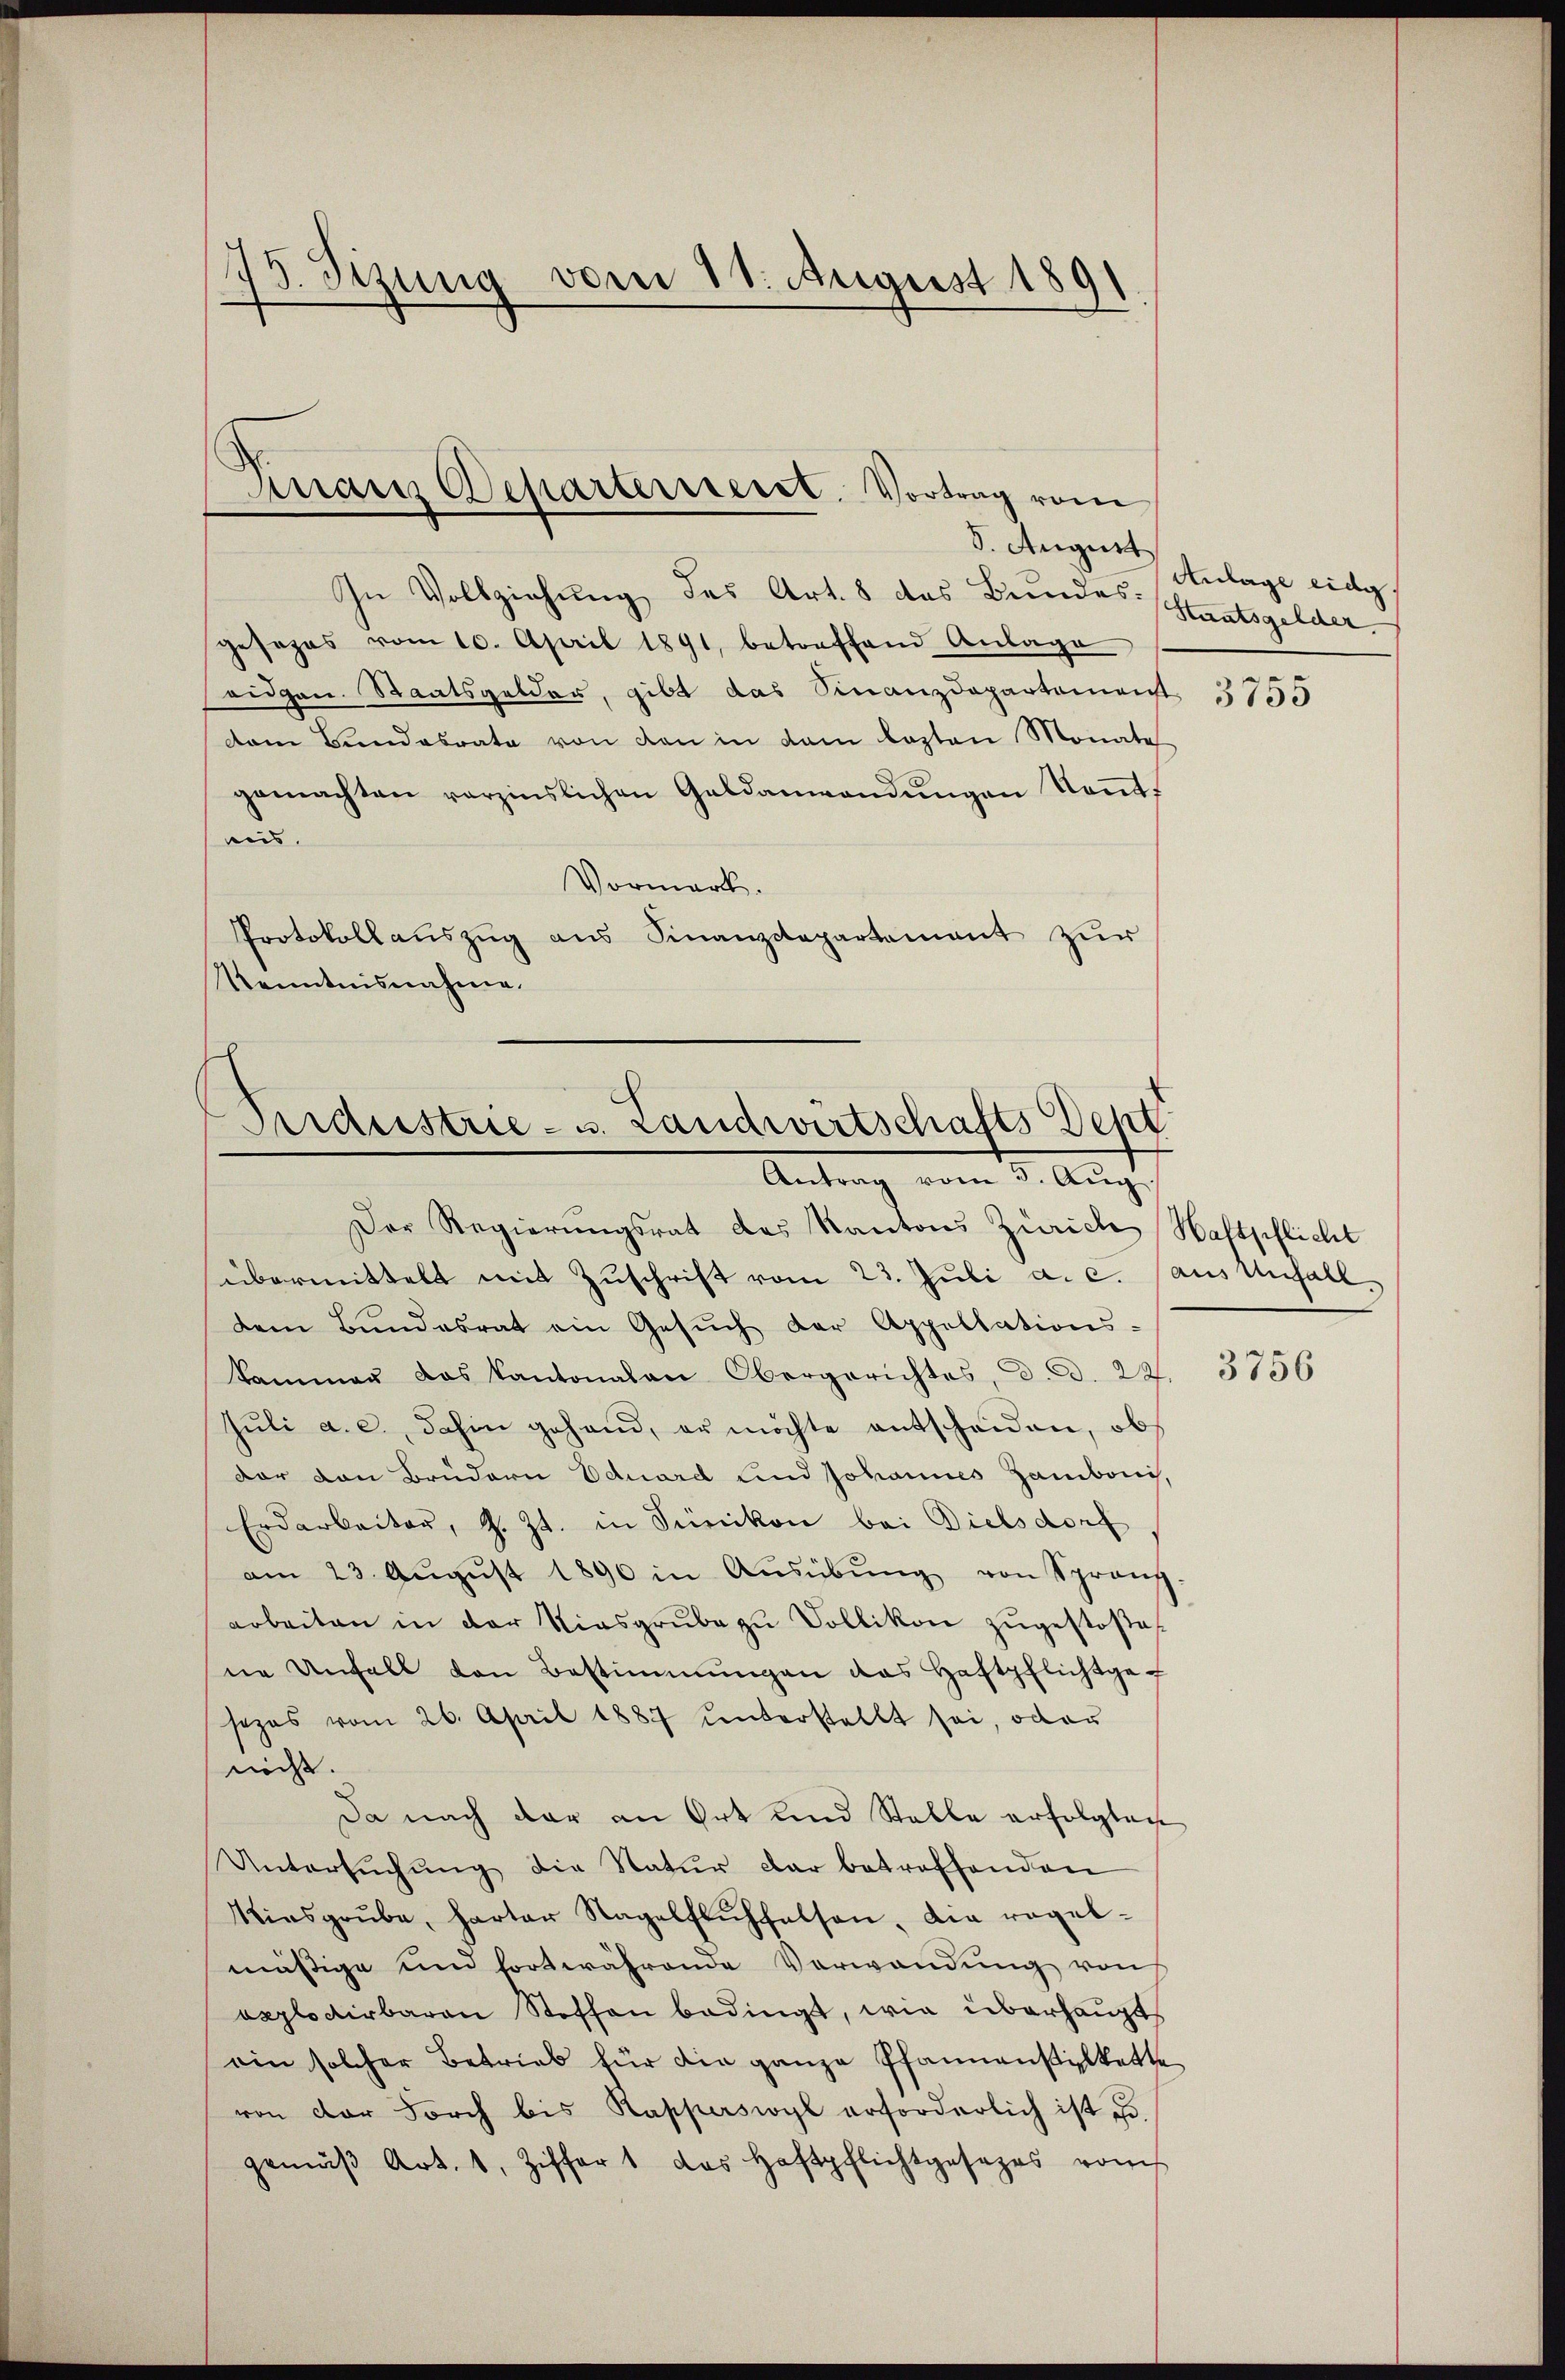
75. Seizung vom 11. August 189

Finanz Departerriert. Vortrag vom

S. August
In Vollziehung, das Art. 8 das Bundes Staatsgelder
gesezes vom 10. April 1891, betreffend Anlage
eidgen. Staatsgelder, gibt das Finanzdepartamenst
dem Bundesrate von den in dem lezten Monate
gemachten verzinslichen Geldanwendungen Kennt.
nis.
Vormark.
Protokollauszug aus Finanzdepartement zur
Kenntnisnahme.

¬
Aaraustrie - u. Landwirtschafts Dept
Antrag vom 5. Aŭg.

Der Regierungsrat das Kantons Zürich Haftpflicht
übermittelt mit Zŭschrift vom 23. Juli a.c. (aus Unfall
dem Bŭndesrat ein Gesŭch der Appellations-
kammen das Kantonalen Obergerichtes, d. d. 22.
Juli a. a., dahin gehand, er möchte entscheiden, ob
dar von Brüdern Eduard und Johannes Zambori,
Erdarbeiter, z. Zt. in Sünikon bei Dielsdorf
am 23. Aŭgŭst 1890 in Aŭsübŭng von Sprang
arbeiten in der Kiesgrube zu Vollikon zugestoße
ne Unfall von Bestimmungen das Haftpflichtgef
sezes vom 26. April 1887 unterstellt sei, oder
nicht.
Da nach der an Ort und Stelle erfolgten
Untersŭchŭng die Natur dar betreffenden
Kiesgrŭbe, harter Nagelfluchfalsen, die regel-
mäßige und fortwährende Verwandung von
explodirbaron Stoffen bedingt, wie überhauptein solcher Betrieb für die ganze Pfannenstilkette
von der Forch bis Kapperswyl erforderlich ist u.
gemäβ Art. 1, Ziffert das Haftpflichtgesezes vom

Anlage eidg

3755

3756